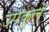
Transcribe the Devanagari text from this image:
उपकुले